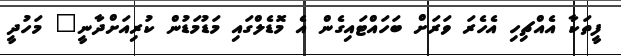
ފީތަކާ އެއްޗިހި އެހެރަ ވަރަށް ބަހައްޓައިގެން އެ މޮޑެލްގައި މަޑުމަޑުން ކުރިއަށްދާނީ" މަހުދީ